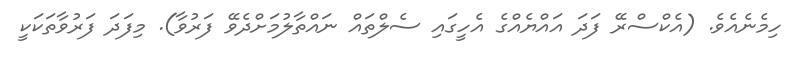
ހިމެނެއެވެ. (އެކްސްރޭ ފަދަ އައްޔެއްގެ އެހީގައި ސެލްތައް ނައްތާލުމަށްދެވޭ ފަރުވާ). މިފަދަ ފަރުވާތަކަކީ